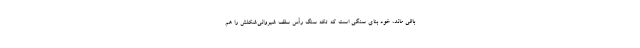
باقی ماند، خود بنای سنگی است که تکه سنگ رأس سقف شیروانی‌شکلش را هم